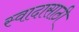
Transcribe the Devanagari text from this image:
स्वादासाठी